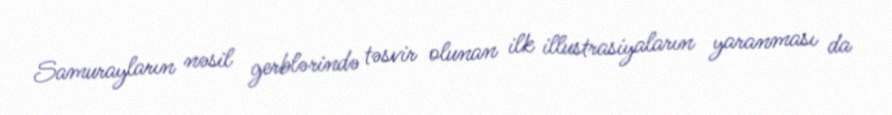
Samurayların nəsil gerblərində təsvir olunan ilk illustrasiyaların yaranması da